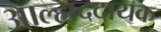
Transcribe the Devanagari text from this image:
अाल्हाददायक